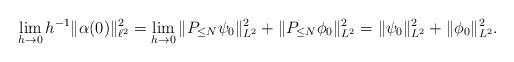
LaTeX: \begin{align*}\lim_{h\to 0} h^{-1}\|\alpha(0)\|_{\ell^2}^2 = \lim_{h\to 0}\|P_{\leq N} \psi_0\|_{L^2}^2 + \|P_{\leq N}\phi_0\|_{L^2}^2 = \|\psi_0\|_{L^2}^2 + \|\phi_0\|_{L^2}^2.\end{align*}